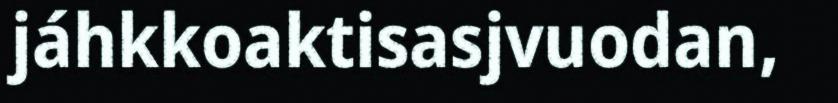
jáhkkoaktisasjvuodan,